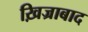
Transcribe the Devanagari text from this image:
ख़िज्राबाद